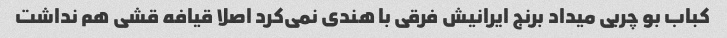
کباب بو چربی میداد برنج ایرانیش فرقی با هندی نمی‌کرد اصلا قیافه قشی هم نداشت